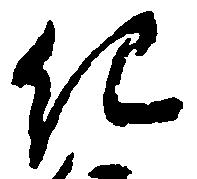
紀